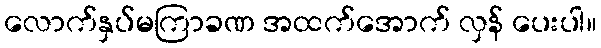
လောက်နှပ်မကြာခဏ အထက်အောက် လှန် ပေးပါ။